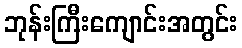
ဘုန်းကြီးကျောင်းအတွင်း